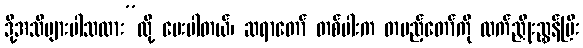
ဒို့အသိများပါသလား”လို့ မေးပါတယ်၊ ဆရာတော် တစ်ပါးက တပည့်တော်ကို လက်ညှိုးညွှန်ပြီး